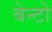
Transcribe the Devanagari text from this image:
बेन्टो